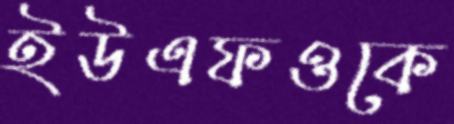
ইউএফওকে